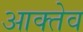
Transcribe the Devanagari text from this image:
आक्तेव